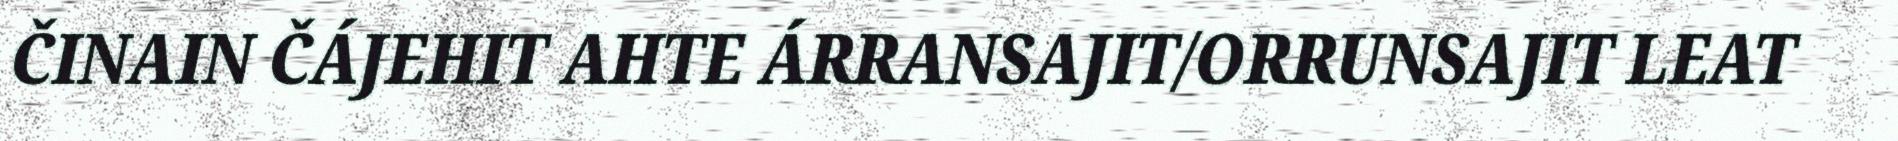
ČINAIN ČÁJEHIT AHTE ÁRRANSAJIT/ORRUNSAJIT LEAT